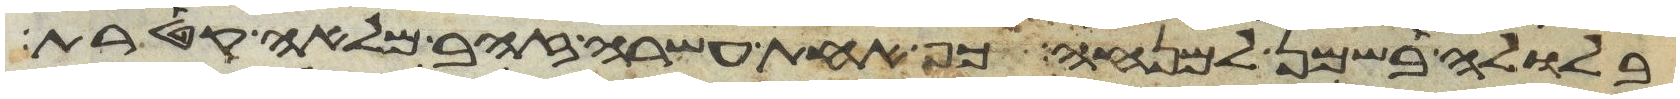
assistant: בלולה בשמן למנחה כף אחת עשרה זהב מלאה קטרת